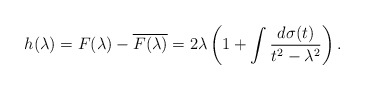
\begin{align*}h(\lambda) =F(\lambda)-\overline{F(\lambda)} = 2\lambda \left( 1 + \int\frac{d\sigma(t)}{t^2-\lambda^2} \right) .\end{align*}